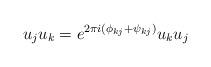
LaTeX: \begin{align*}u_{j}u_{k}=e^{2\pi i(\phi_{kj}+\psi_{kj})}u_{k}u_{j}\end{align*}